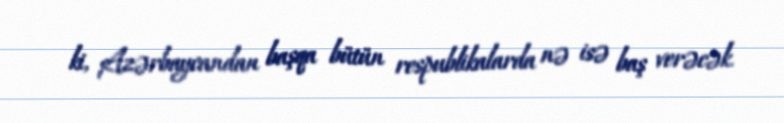
ki, Azərbaycandan başqa bütün respublikalarda nə isə baş verəcək.